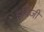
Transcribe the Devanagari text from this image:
इचिजी